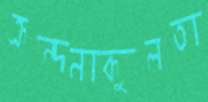
ক্রন্দনাকুলতা